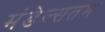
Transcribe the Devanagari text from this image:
मंडेल्सतम